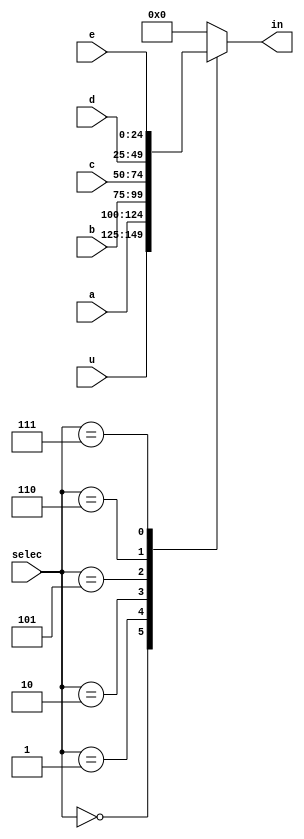
`timescale 1ns / 1ps
//////////////////////////////////////////////////////////////////////////////////
// Company: 
// Engineer: 
// 
// Design Name: 
// Module Name:    mux_in 
// Project Name: 
// Target Devices: 
// Tool versions: 
// Description: 
//
// Dependencies: 
//
// Revision: 
// Revision 0.01 - File Created
// Additional Comments: 
//
//////////////////////////////////////////////////////////////////////////////////
module mux_in#(parameter cant_bits = 25)(
					input wire signed [cant_bits-1:0] u, a, b, c, d, e,
					input wire [3:0] selec,
					output reg signed [cant_bits-1:0] in
    );

always @ *
	case(selec)
		4'b0000:	in = u;
		4'b0001:	in = a;
		4'b0010:	in = b;
		4'b0101:	in = c;
		4'b0110:	in = d;
		4'b0111:	in = e;
		default: in = 	25'b0;
	endcase
endmodule